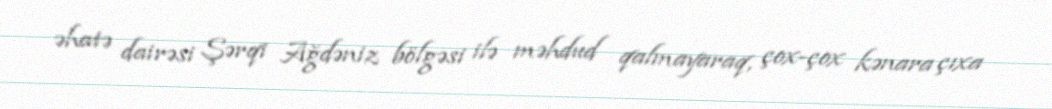
əhatə dairəsi Şərqi Ağdəniz bölgəsi ilə məhdud qalmayaraq, çox-çox kənara çıxa